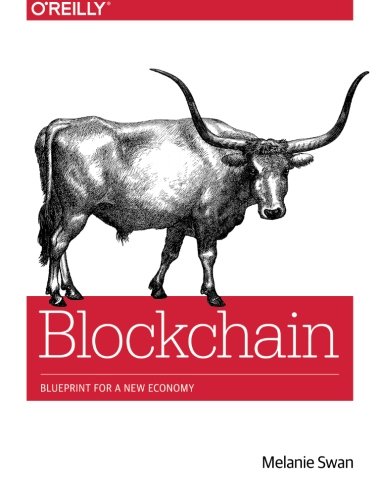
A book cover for Blockchain: Blueprint for a New Economy; Melanie Swan; Computers & Technology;